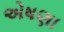
એષણા